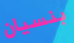
بنسيان